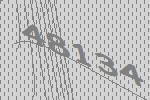
48134